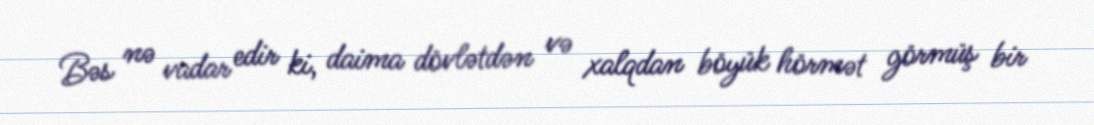
Bəs nə vadar edir ki, daima dövlətdən və xalqdan böyük hörmət görmüş bir